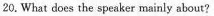
20.What does the speaker mainly about?